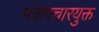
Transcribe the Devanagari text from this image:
मंत्रोपचारयुक्त